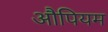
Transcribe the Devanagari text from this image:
औपियम